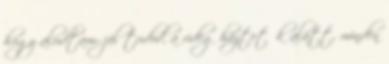
hogy aludtam: jól tudod, a rideg háztetők alatt, minden